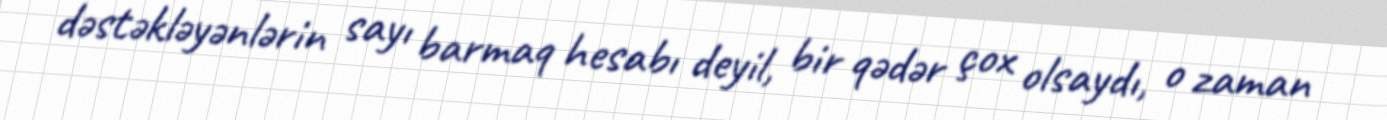
dəstəkləyənlərin sayı barmaq hesabı deyil, bir qədər çox olsaydı, o zaman